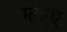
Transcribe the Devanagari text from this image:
ग्त्क्ए